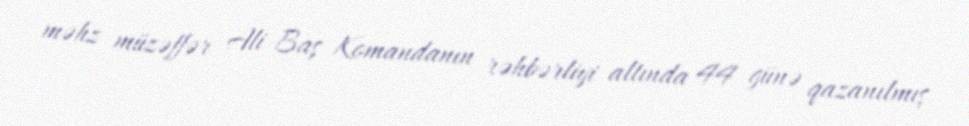
məhz müzəffər Ali Baş Komandanın rəhbərliyi altında 44 günə qazanılmış